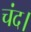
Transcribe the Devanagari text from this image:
चंद।